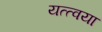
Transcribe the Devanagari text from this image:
यत्त्वया